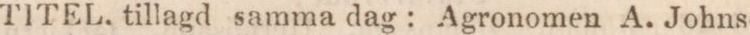
TITEL, tillagd samma dag: Agronomen A. Johns-